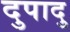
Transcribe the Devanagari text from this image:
दुपादु